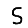
Digit: 5